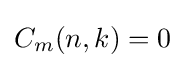
C_{m}(n,k)=0